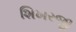
શિખરજી